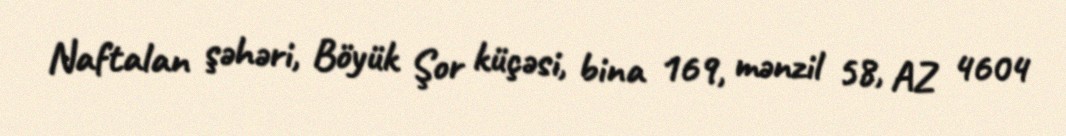
Naftalan şəhəri, Böyük Şor küçəsi, bina 169, mənzil 58, AZ 4604